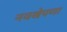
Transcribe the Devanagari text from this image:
नवखेपणा